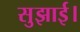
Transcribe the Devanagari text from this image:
सुझाई।